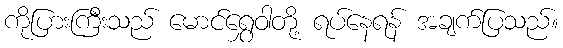
ကိုပြားကြီးသည် မောင်ရွှေဝါတို့ ရပ်နေရန် အချက်ပြသည်။